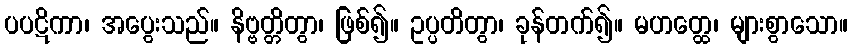
ပပဋိကာ၊ အပွေးသည်။ နိဗ္ဗတ္တိတွာ၊ ဖြစ်၍။ ဥပ္ပတိတွာ၊ ခုန်တက်၍။ မဟတ္ထေ၊ များစွာသော။